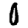
Digit: 0